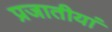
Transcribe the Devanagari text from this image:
प्रजातीयां